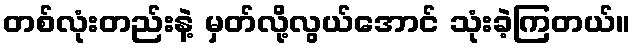
တစ်လုံးတည်းနဲ့ မှတ်လို့လွယ်အောင် သုံးခဲ့ကြတယ်။